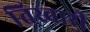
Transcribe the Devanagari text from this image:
तिस्वारी